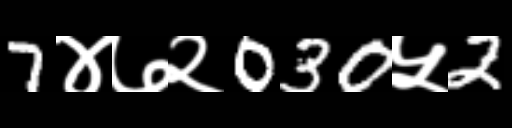
Text: 7४७२030५2